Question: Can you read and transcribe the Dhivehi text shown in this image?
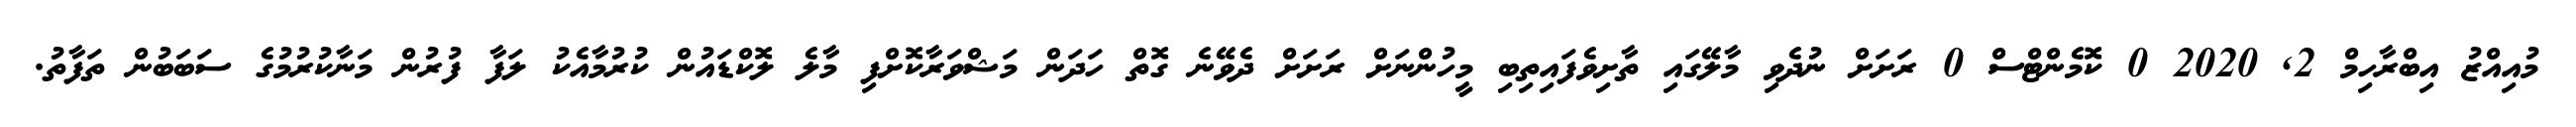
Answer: މުއިއްޒު އިބްރާހިމް 2, 2020 0 ކޮމެންޓްސް 0 ރަށަށް ނުދެވި މާލޭގައި ތާށިވެފައިތިބި މީހުންނަށް ރަށަށް ދެވޭނެ ގޮތް ހަދަން މަޝްވަރާކޮށްފި މާލެ ލޮކްޑައުން ކުރުމާއެކު ލަފާ ފުރުން މަނާކުރުމުގެ ސަބަބުން ތަފާތު.